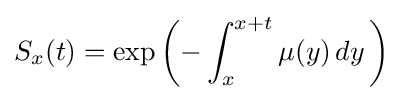
S_{x}(t)=\exp \left(-\int _{x}^{x+t}\mu (y)\,dy\,\right)